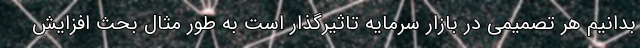
بدانیم هر تصمیمی در بازار سرمایه تاثیرگذار است به طور مثال بحث افزایش